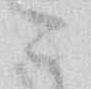
こ